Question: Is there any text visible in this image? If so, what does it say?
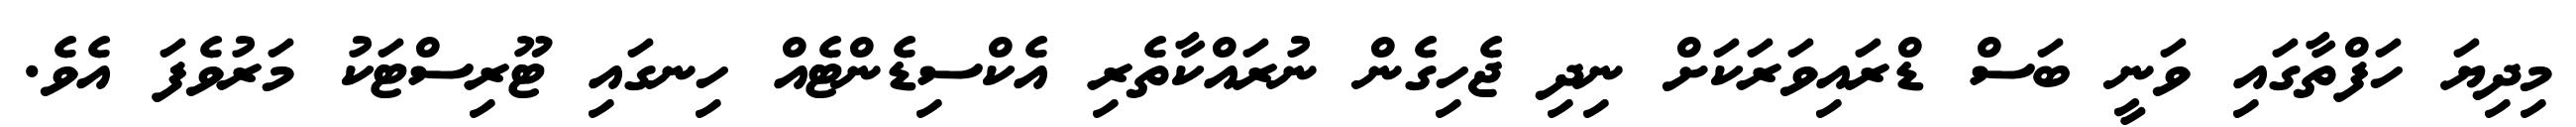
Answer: މިދިޔަ ހަފްތާގައި ވަނީ ބަސް ޑްރައިވަރަކަށް ނިދި ޖެހިގެން ނުރައްކާތެރި އެކްސިޑެންޓެއް ހިނގައި ޓޫރިސްޓަކު މަރުވެފަ އެވެ.